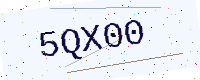
Text: 5QX00